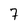
Character: 7